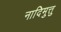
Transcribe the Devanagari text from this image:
नादिमुत्तु